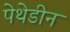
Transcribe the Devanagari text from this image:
पेथेडीन